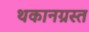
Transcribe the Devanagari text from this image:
थकानग्रस्त